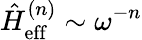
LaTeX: \hat{H}_{\mathrm{eff}}^{(n)}\sim\omega^{-n}